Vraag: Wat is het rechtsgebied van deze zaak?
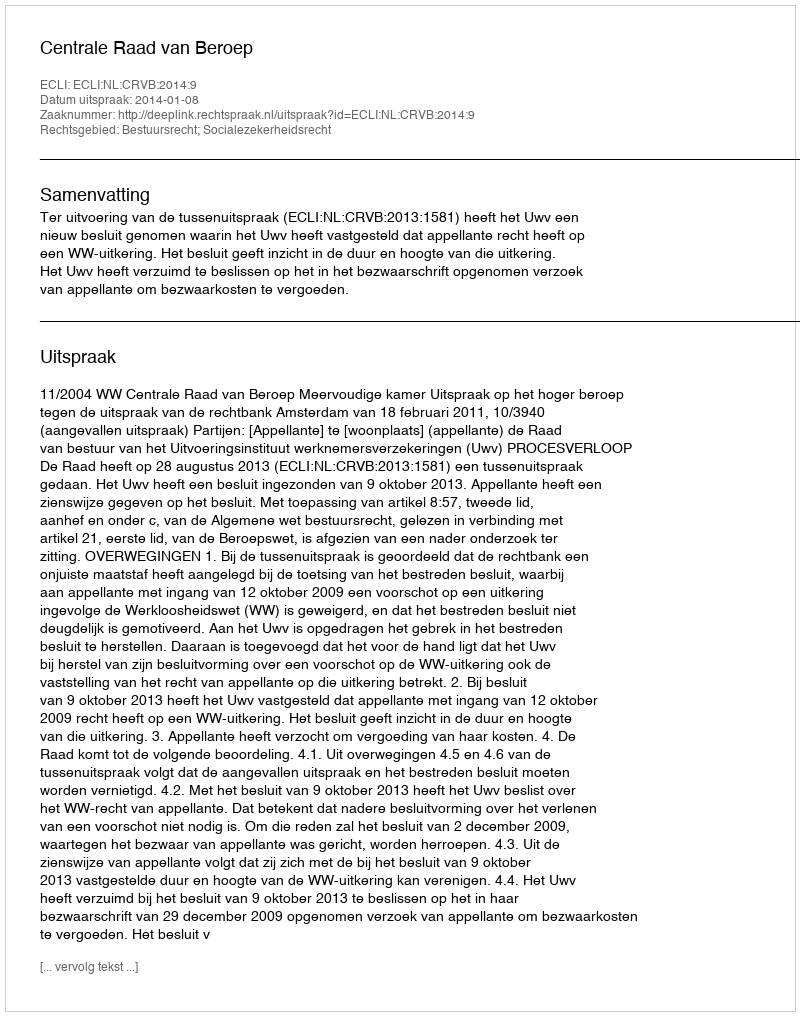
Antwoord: Bestuursrecht; Socialezekerheidsrecht